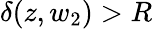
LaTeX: {\delta(z,w_{2})>R}